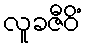
လူခဇီဝိံ